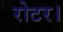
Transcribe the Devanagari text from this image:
रोटर।